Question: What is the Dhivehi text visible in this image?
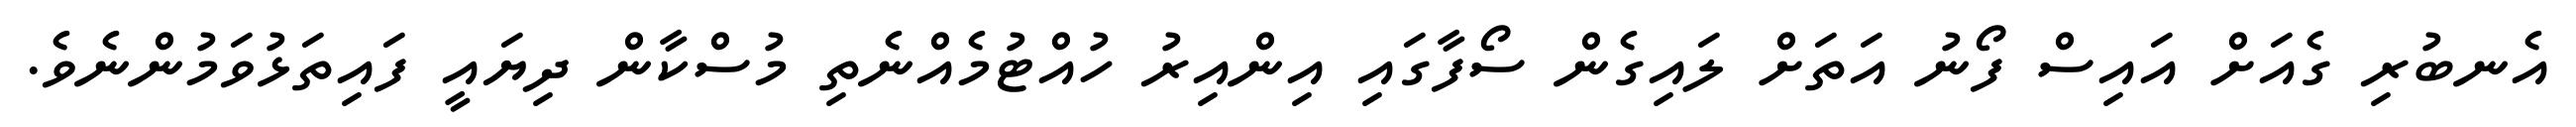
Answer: އެނބުރި ގެއަށް އައިސް ފޯނު އަތަށް ލައިގެން ސޯފާގައި އިންއިރު ހުއްޓުމެއްނެތި މުސްކާން ދިޔައީ ފައިތަޅުވަމުންނެވެ.